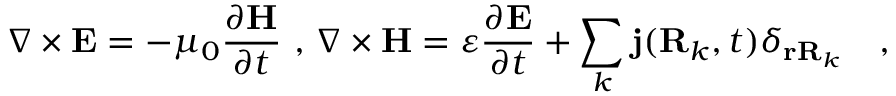
\nabla \times \mathbf { E } = - \mu _ { 0 } \frac { \partial \mathbf { H } } { \partial t } \mathrm { ~ , ~ } \nabla \times \mathbf { H } = \varepsilon \frac { \partial \mathbf { E } } { \partial t } + \sum _ { k } \mathbf { j } ( \mathbf { R } _ { k } , t ) \delta _ { \mathbf { r R } _ { k } } \mathrm { ~ \textbf ~ { ~ , ~ } ~ }